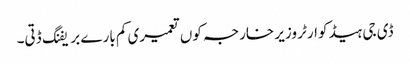
ڈی جی ہیڈ کوارٹر وزیر خارجہ کوں تعمیری کم بارے بریفنگ ڈتی۔